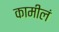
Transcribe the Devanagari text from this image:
कामीलं